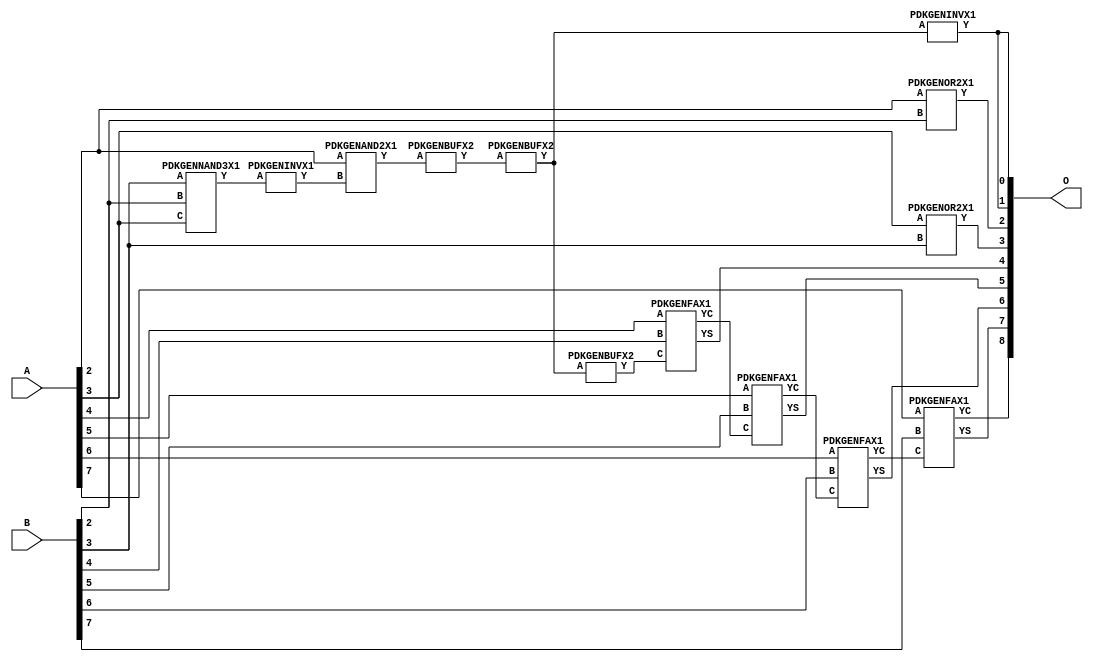
// Library = EvoApprox8b
// Circuit = add8_072
// Area   (180) = 716
// Delay  (180) = 1.370
// Power  (180) = 184.20
// Area   (45) = 55
// Delay  (45) = 0.530
// Power  (45) = 17.84
// Nodes = 13
// HD = 176512
// MAE = 3.04688
// MSE = 17.56250
// MRE = 1.60 %
// WCE = 11
// WCRE = 300 %
// EP = 84.8 %

module add8_072(A, B, O);
  input [7:0] A;
  input [7:0] B;
  output [8:0] O;
  wire [2031:0] N;

  assign N[0] = A[0];
  assign N[1] = A[0];
  assign N[2] = A[1];
  assign N[3] = A[1];
  assign N[4] = A[2];
  assign N[5] = A[2];
  assign N[6] = A[3];
  assign N[7] = A[3];
  assign N[8] = A[4];
  assign N[9] = A[4];
  assign N[10] = A[5];
  assign N[11] = A[5];
  assign N[12] = A[6];
  assign N[13] = A[6];
  assign N[14] = A[7];
  assign N[15] = A[7];
  assign N[16] = B[0];
  assign N[17] = B[0];
  assign N[18] = B[1];
  assign N[19] = B[1];
  assign N[20] = B[2];
  assign N[21] = B[2];
  assign N[22] = B[3];
  assign N[23] = B[3];
  assign N[24] = B[4];
  assign N[25] = B[4];
  assign N[26] = B[5];
  assign N[27] = B[5];
  assign N[28] = B[6];
  assign N[29] = B[6];
  assign N[30] = B[7];
  assign N[31] = B[7];

  PDKGENNAND3X1 n32(.A(N[22]), .B(N[20]), .C(N[6]), .Y(N[32]));
  assign N[33] = N[32];
  PDKGENINVX1 n48(.A(N[33]), .Y(N[48]));
  PDKGENAND2X1 n52(.A(N[4]), .B(N[48]), .Y(N[52]));
  assign N[53] = N[52];
  PDKGENBUFX2 n74(.A(N[53]), .Y(N[74]));
  assign N[75] = N[74];
  PDKGENBUFX2 n78(.A(N[75]), .Y(N[78]));
  PDKGENINVX1 n126(.A(N[78]), .Y(N[126]));
  assign N[127] = N[126];
  PDKGENOR2X1 n132(.A(N[4]), .B(N[20]), .Y(N[132]));
  PDKGENOR2X1 n182(.A(N[6]), .B(N[22]), .Y(N[182]));
  PDKGENBUFX2 n212(.A(N[78]), .Y(N[212]));
  PDKGENFAX1 n232(.A(N[8]), .B(N[24]), .C(N[212]), .YS(N[232]), .YC(N[233]));
  PDKGENFAX1 n282(.A(N[10]), .B(N[26]), .C(N[233]), .YS(N[282]), .YC(N[283]));
  PDKGENFAX1 n332(.A(N[12]), .B(N[28]), .C(N[283]), .YS(N[332]), .YC(N[333]));
  PDKGENFAX1 n382(.A(N[14]), .B(N[30]), .C(N[333]), .YS(N[382]), .YC(N[383]));

  assign O[0] = N[127];
  assign O[1] = N[126];
  assign O[2] = N[132];
  assign O[3] = N[182];
  assign O[4] = N[232];
  assign O[5] = N[282];
  assign O[6] = N[332];
  assign O[7] = N[382];
  assign O[8] = N[383];

endmodule
/* mod */
module PDKGENFAX1( input A, input B, input C, output YS, output YC );
    assign YS = (A ^ B) ^ C;
    assign YC = (A & B) | (B & C) | (A & C);
endmodule
/* mod */
module PDKGENOR2X1(input A, input B, output Y );
     assign Y = A | B;
endmodule
/* mod */
module PDKGENAND2X1(input A, input B, output Y );
     assign Y = A & B;
endmodule
/* mod */
module PDKGENINVX1(input A, output Y );
     assign Y = ~A;
endmodule
/* mod */
module PDKGENNAND3X1(input A, input B, input C, output Y );
     assign Y = ~((A & B) & C);
endmodule
/* mod */
module PDKGENBUFX2(input A, output Y );
     assign Y = A;
endmodule